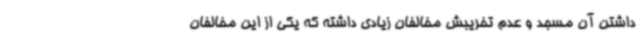
‌داشتن آن مسجد و عدم تخریبش مخالفان زیادی داشته که یکی از این مخالفان